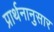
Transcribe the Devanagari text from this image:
प्रार्थनानुसार